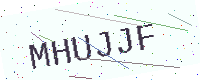
Text: MHUJJF